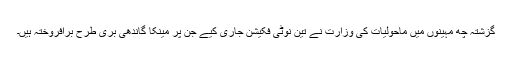
گزشتہ چھ مہینوں میں ماحولیات کی وزارت نے تین نوٹی فکیشن جاری کیے جن پر مینکا گاندھی بری طرح برافروختہ ہیں۔